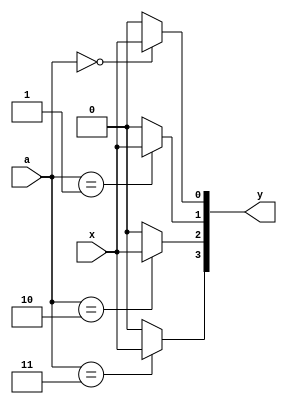
module demux
(
	input x,
	input [1:0] a,
	output [3:0] y
);
assign y[0] = ((a == 2'b00) ? x : 0);
assign y[1] = ((a == 2'b01) ? x : 0);
assign y[2] = ((a == 2'b10) ? x : 0);
assign y[3] = ((a == 2'b11) ? x : 0);
endmodule